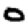
Digit: 0